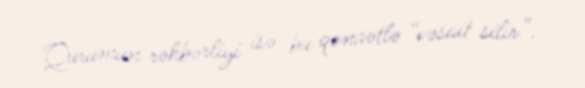
Qurumun rəhbərliyi isə bu qənaətlə “vəsait silir”.